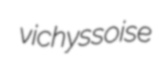
vichyssoise